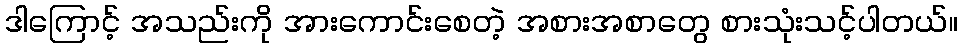
ဒါကြောင့် အသည်းကို အားကောင်းစေတဲ့ အစားအစာတွေ စားသုံးသင့်ပါတယ်။